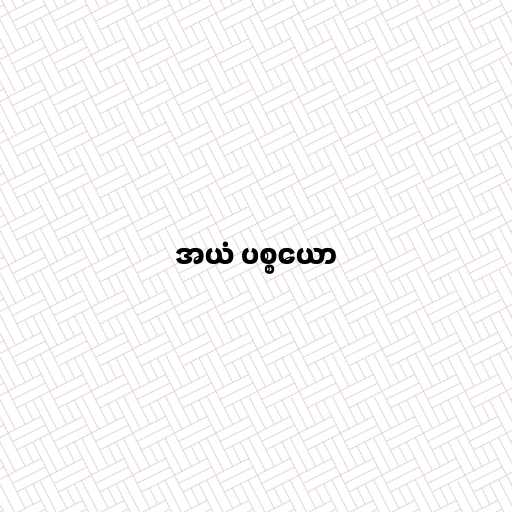
အယံ ပစ္စယော